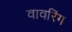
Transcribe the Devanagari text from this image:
वावरिंग